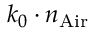
k _ { 0 } \cdot n _ { \mathrm { A i r } }